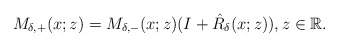
\begin{align*}M_{\delta,+}(x ;z)=M_{\delta,-}(x ;z)(I+ \hat{R}_{\delta}(x;z)), z \in \mathbb{R}.\end{align*}